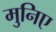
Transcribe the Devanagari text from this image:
मुनिए